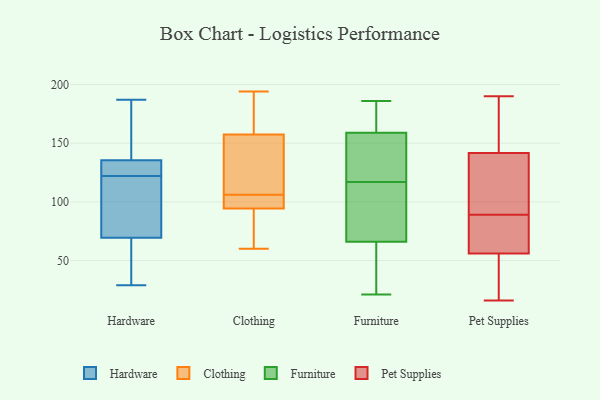
{"axis": {"x": "Humidity (%)", "y": "Value"}, "legend": ["Clothing", "Furniture", "Hardware", "Pet Supplies"], "data": [{"x": "", "y": 81, "type": "Hardware"}, {"x": "", "y": 77, "type": "Hardware"}, {"x": "", "y": 120, "type": "Hardware"}, {"x": "", "y": 29, "type": "Hardware"}, {"x": "", "y": 62, "type": "Hardware"}, {"x": "", "y": 125, "type": "Hardware"}, {"x": "", "y": 124, "type": "Hardware"}, {"x": "", "y": 124, "type": "Hardware"}, {"x": "", "y": 158, "type": "Hardware"}, {"x": "", "y": 30, "type": "Hardware"}, {"x": "", "y": 146, "type": "Hardware"}, {"x": "", "y": 187, "type": "Hardware"}, {"x": "", "y": 91, "type": "Clothing"}, {"x": "", "y": 158, "type": "Clothing"}, {"x": "", "y": 126, "type": "Clothing"}, {"x": "", "y": 104, "type": "Clothing"}, {"x": "", "y": 159, "type": "Clothing"}, {"x": "", "y": 60, "type": "Clothing"}, {"x": "", "y": 156, "type": "Clothing"}, {"x": "", "y": 105, "type": "Clothing"}, {"x": "", "y": 81, "type": "Clothing"}, {"x": "", "y": 194, "type": "Clothing"}, {"x": "", "y": 106, "type": "Clothing"}, {"x": "", "y": 150, "type": "Furniture"}, {"x": "", "y": 166, "type": "Furniture"}, {"x": "", "y": 142, "type": "Furniture"}, {"x": "", "y": 116, "type": "Furniture"}, {"x": "", "y": 111, "type": "Furniture"}, {"x": "", "y": 42, "type": "Furniture"}, {"x": "", "y": 184, "type": "Furniture"}, {"x": "", "y": 91, "type": "Furniture"}, {"x": "", "y": 86, "type": "Furniture"}, {"x": "", "y": 118, "type": "Furniture"}, {"x": "", "y": 177, "type": "Furniture"}, {"x": "", "y": 21, "type": "Furniture"}, {"x": "", "y": 65, "type": "Furniture"}, {"x": "", "y": 162, "type": "Furniture"}, {"x": "", "y": 31, "type": "Furniture"}, {"x": "", "y": 67, "type": "Furniture"}, {"x": "", "y": 156, "type": "Furniture"}, {"x": "", "y": 156, "type": "Furniture"}, {"x": "", "y": 186, "type": "Furniture"}, {"x": "", "y": 43, "type": "Furniture"}, {"x": "", "y": 183, "type": "Pet Supplies"}, {"x": "", "y": 61, "type": "Pet Supplies"}, {"x": "", "y": 17, "type": "Pet Supplies"}, {"x": "", "y": 138, "type": "Pet Supplies"}, {"x": "", "y": 80, "type": "Pet Supplies"}, {"x": "", "y": 177, "type": "Pet Supplies"}, {"x": "", "y": 78, "type": "Pet Supplies"}, {"x": "", "y": 41, "type": "Pet Supplies"}, {"x": "", "y": 89, "type": "Pet Supplies"}, {"x": "", "y": 132, "type": "Pet Supplies"}, {"x": "", "y": 16, "type": "Pet Supplies"}, {"x": "", "y": 153, "type": "Pet Supplies"}, {"x": "", "y": 190, "type": "Pet Supplies"}, {"x": "", "y": 34, "type": "Pet Supplies"}, {"x": "", "y": 130, "type": "Pet Supplies"}, {"x": "", "y": 118, "type": "Pet Supplies"}, {"x": "", "y": 64, "type": "Pet Supplies"}]}